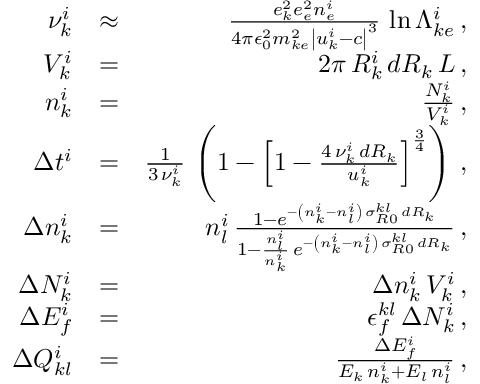
\begin{array} { r l r } { \nu _ { k } ^ { i } } & { \approx } & { \frac { e _ { k } ^ { 2 } e _ { e } ^ { 2 } n _ { e } ^ { i } } { 4 \pi \epsilon _ { 0 } ^ { 2 } m _ { k e } ^ { 2 } \left| u _ { k } ^ { i } - c \right| ^ { 3 } } \, \ln \Lambda _ { k e } ^ { i } \, , } \\ { V _ { k } ^ { i } } & { = } & { 2 \pi \, R _ { k } ^ { i } \, d R _ { k } \, L \, , } \\ { n _ { k } ^ { i } } & { = } & { \frac { N _ { k } ^ { i } } { V _ { k } ^ { i } } \, , } \\ { \Delta t ^ { i } } & { = } & { \frac { 1 } { 3 \, \nu _ { k } ^ { i } } \, \left( 1 - \left[ 1 - \frac { 4 \, \nu _ { k } ^ { i } \, d R _ { k } } { u _ { k } ^ { i } } \right] ^ { \frac { 3 } { 4 } } \right) \, , } \\ { \Delta n _ { k } ^ { i } } & { = } & { n _ { l } ^ { i } \, \frac { 1 - e ^ { - \left( n _ { k } ^ { i } - n _ { l } ^ { i } \right) \, \sigma _ { R 0 } ^ { k l } \, d R _ { k } } } { 1 - \frac { n _ { l } ^ { i } } { n _ { k } ^ { i } } \, e ^ { - \left( n _ { k } ^ { i } - n _ { l } ^ { i } \right) \, \sigma _ { R 0 } ^ { k l } \, d R _ { k } } } \, , } \\ { \Delta N _ { k } ^ { i } } & { = } & { \Delta n _ { k } ^ { i } \, V _ { k } ^ { i } \, , } \\ { \Delta E _ { f } ^ { i } } & { = } & { \epsilon _ { f } ^ { k l } \, \Delta N _ { k } ^ { i } \, , } \\ { \Delta Q _ { k l } ^ { i } } & { = } & { \frac { \Delta E _ { f } ^ { i } } { E _ { k } \, n _ { k } ^ { i } + E _ { l } \, n _ { l } ^ { i } } \, , } \end{array}